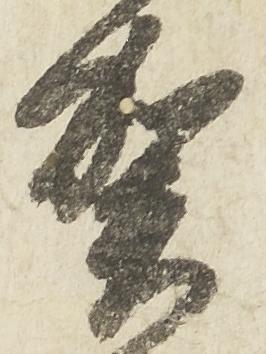
賀